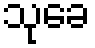
သုခေ